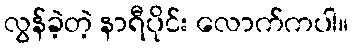
လွန်ခဲ့တဲ့ နာရီပိုင်း လောက်ကပါ။